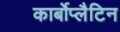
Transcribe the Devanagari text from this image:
कार्बोप्लैटिन